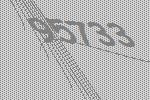
95733